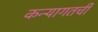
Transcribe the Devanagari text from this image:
कन्यागतची